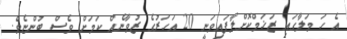
އެ ހަ މަލާގައި ޒަޚަމްކޮށްލާފައިވަނީ 20 އަހަރުގެ ޒުވާނެއް ކަމަށް ވެސް ބުންޏެވެ.